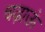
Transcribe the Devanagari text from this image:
चढ़ाऊं